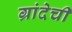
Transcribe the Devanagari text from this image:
ग्रांदेची